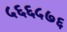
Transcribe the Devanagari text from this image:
५६६५७६